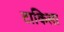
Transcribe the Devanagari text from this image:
टाकिला